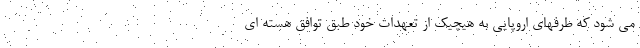
می شود که طرفهای اروپایی به هیچیک از تعهدات خود طبق توافق هسته ای